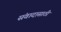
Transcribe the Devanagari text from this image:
संवादासाठी